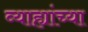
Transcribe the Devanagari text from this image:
व्याह्यांच्या